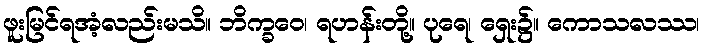
ဖူးမြင်ရအံ့လည်းမသိ။ ဘိက္ခဝေ၊ ရဟန်းတို့။ ပုရေ၊ ရှေး၌။ ကောသလဿ၊